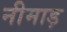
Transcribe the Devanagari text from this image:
नीमाड़